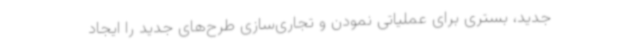
جدید، بستری برای عملیاتی نمودن و تجاری‌سازی طرح‌های جدید را ایجاد